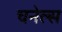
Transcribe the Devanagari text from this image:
चनेल्स